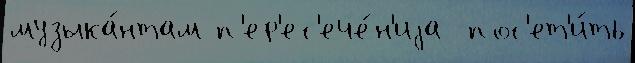
музыка́нтам п'ер'ес'ече́н'иjа  пос'ет'и́ть